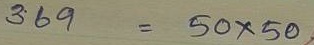
369 = 50 x 50